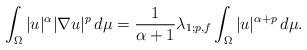
LaTeX: \begin{align*}\int_{\Omega} |u|^{\alpha}|\nabla u|^{p} \,d\mu=\frac{1}{\alpha+1}\lambda_{1;p,f}\int_{\Omega}|u|^{\alpha+p}\,d\mu.\end{align*}